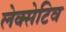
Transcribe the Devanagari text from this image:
लेक्सेटिव